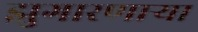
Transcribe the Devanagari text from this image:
झुगारणाऱ्या